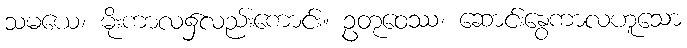
သမယေ၊ မိုးကာလ၌လည်းကောင်း။ ဥတုဝေဿ၊ ဆောင်းနွေကာလဟူသော